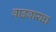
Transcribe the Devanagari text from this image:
वाढवायच